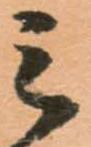
三